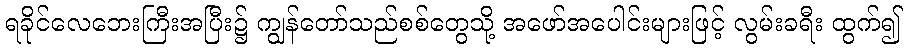
ရခိုင်လေဘေးကြီးအပြီး၌ ကျွန်တော်သည်စစ်တွေသို့ အဖော်အပေါင်းများဖြင့် လွမ်းခရီး ထွက်၍